Civil Veterinary Department Bihar reports 1936-40 - 1936-1940
Year: 1936
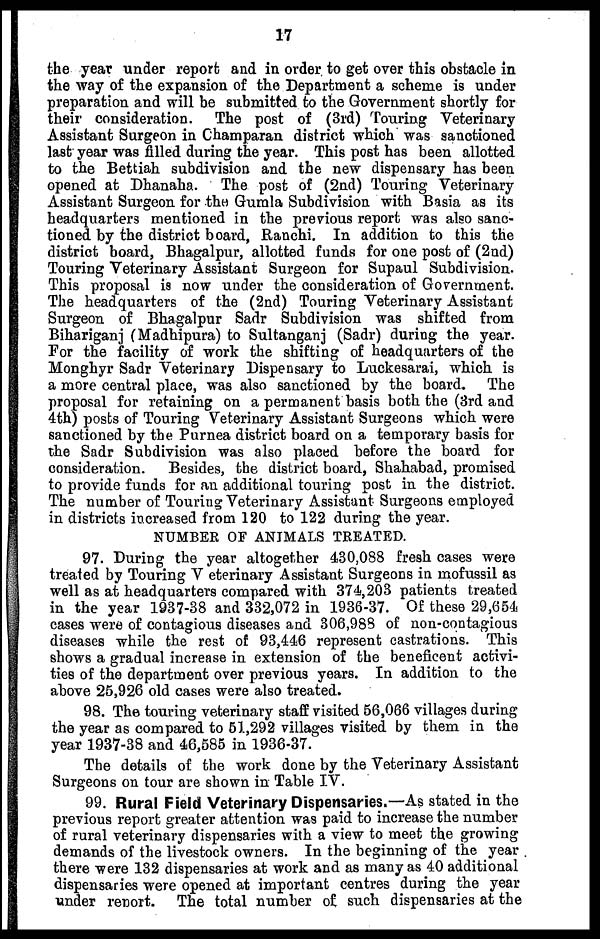
17
the year under report and in order to get over this obstacle in
the way of the expansion of the Department a scheme is under
preparation and will be submitted to the Government shortly for
their consideration. The post of (3rd) Touring Veterinary
Assistant Surgeon in Champaran district which was sanctioned
last year was filled during the year. This post has been allotted
to the Bettiah subdivision and the new dispensary has been
opened at Dhanaha. The post of (2nd) Touring Veterinary
Assistant Surgeon for the Gumla Subdivision with Basia as its
headquarters mentioned in the previous report was also sanc-
tioned by the district board, Ranchi. In addition to this the
district board, Bhagalpur, allotted funds for one post of (2nd)
Touring Veterinary Assistant Surgeon for Supaul Subdivision.
This proposal is now under the consideration of Government.
The headquarters of the (2nd) Touring Veterinary Assistant
Surgeon of Bhagalpur Sadr Subdivision was shifted from
Bihariganj (Madhipura) to Sultanganj (Sadr) during the year.
For the facility of work the shifting of headquarters of the
Monghyr Sadr Veterinary Dispensary to Luckesarai, which is
a more central place, was also sanctioned by the board. The
proposal for retaining on a permanent basis both the (3rd and
4th) posts of Touring Veterinary Assistant Surgeons which were
sanctioned by the Purnea district board on a temporary basis for
the Sadr Subdivision was also placed before the board for
consideration. Besides, the district board, Shahabad, promised
to provide funds for an additional touring post in the district.
The number of Touring Veterinary Assistant Surgeons employed
in districts increased from 120 to 122 during the year.
NUMBER OF ANIMALS TREATED.
97. During the year altogether 430,088 fresh cases were
treated by Touring V eterinary Assistant Surgeons in mofussil as
well as at headquarters compared with 374,203 patients treated
in the year 1937-38 and 332,072 in 1936-37. Of these 29,664
cases were of contagious diseases and 306,988 of non-contagious
diseases while the rest of 93,446 represent castrations. This
shows a gradual increase in extension of the beneficent activi-
ties of the department over previous years. In addition to the
above 25,926 old cases were also treated.
98. The touring veterinary staff visited 56,066 villages during
the year as compared to 51,292 villages visited by them in the
year 1937-38 and 46,585 in 1936-37.
The details of the work done by the Veterinary Assistant
Surgeons on tour are shown in Table IV.
99. Rural Field Veterinary Dispensaries.—As stated in the
previous report greater attention was paid to increase the number
of rural veterinary dispensaries with a view to meet the growing
demands of the livestock owners. In the beginning of the year
there were 132 dispensaries at work and as many as 40 additional
dispensaries were opened at important centres during the year
under report. The total number of such dispensaries at the